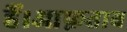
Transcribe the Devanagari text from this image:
हैं।आफ़ताब